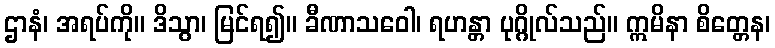
ဌာနံ၊ အရပ်ကို။ ဒိသွာ၊ မြင်ရ၍။ ခီဏာသဝေါ၊ ရဟန္တာ ပုဂ္ဂိုလ်သည်။ ဣမိနာ စိတ္တေန၊